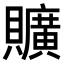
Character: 𧸼